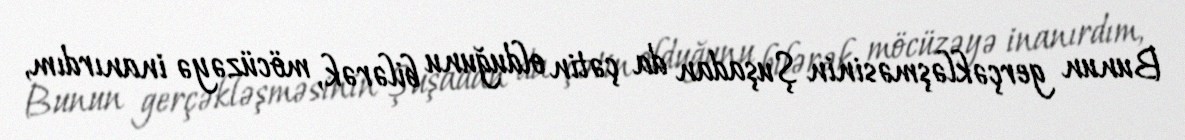
Bunun gerçəkləşməsinin Şuşadan da çətin olduğunu bilərək, möcüzəyə inanırdım,